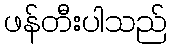
ဖန်တီးပါသည်